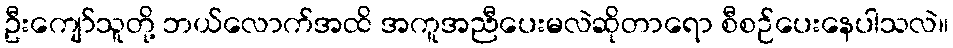
ဦးကျော်သူတို့ ဘယ်လောက်အထိ အကူအညီပေးမလဲဆိုတာရော စီစဉ်ပေးနေပါသလဲ။